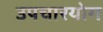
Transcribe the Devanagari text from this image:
उपचारयोग